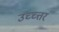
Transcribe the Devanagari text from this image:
उच्च्त्तर